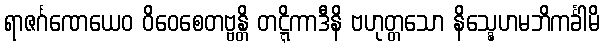
ရာဇင်္ဂဏေယေဝ ဝိဝေစေတဗ္ဗန္တိ တဋ္ဋိကာဒီနိ ဗဟုတ္တသော နိသ္နေဟမဘိကင်္ခါမိ